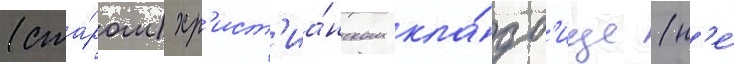
(ста́ром) хр'ист'иа́нском кла́дб'ище (н'е́